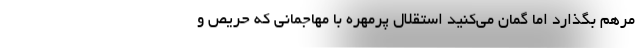
مرهم بگذارد اما گمان می‌کنید استقلال پرمهره با مهاجمانی که حریص و